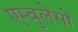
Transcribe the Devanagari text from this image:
एम्बुलेंसों